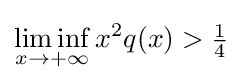
\liminf _{x\to +\infty }x^{2}q(x)>{\tfrac {1}{4}}